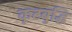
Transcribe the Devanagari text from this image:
कूटबुद्धि